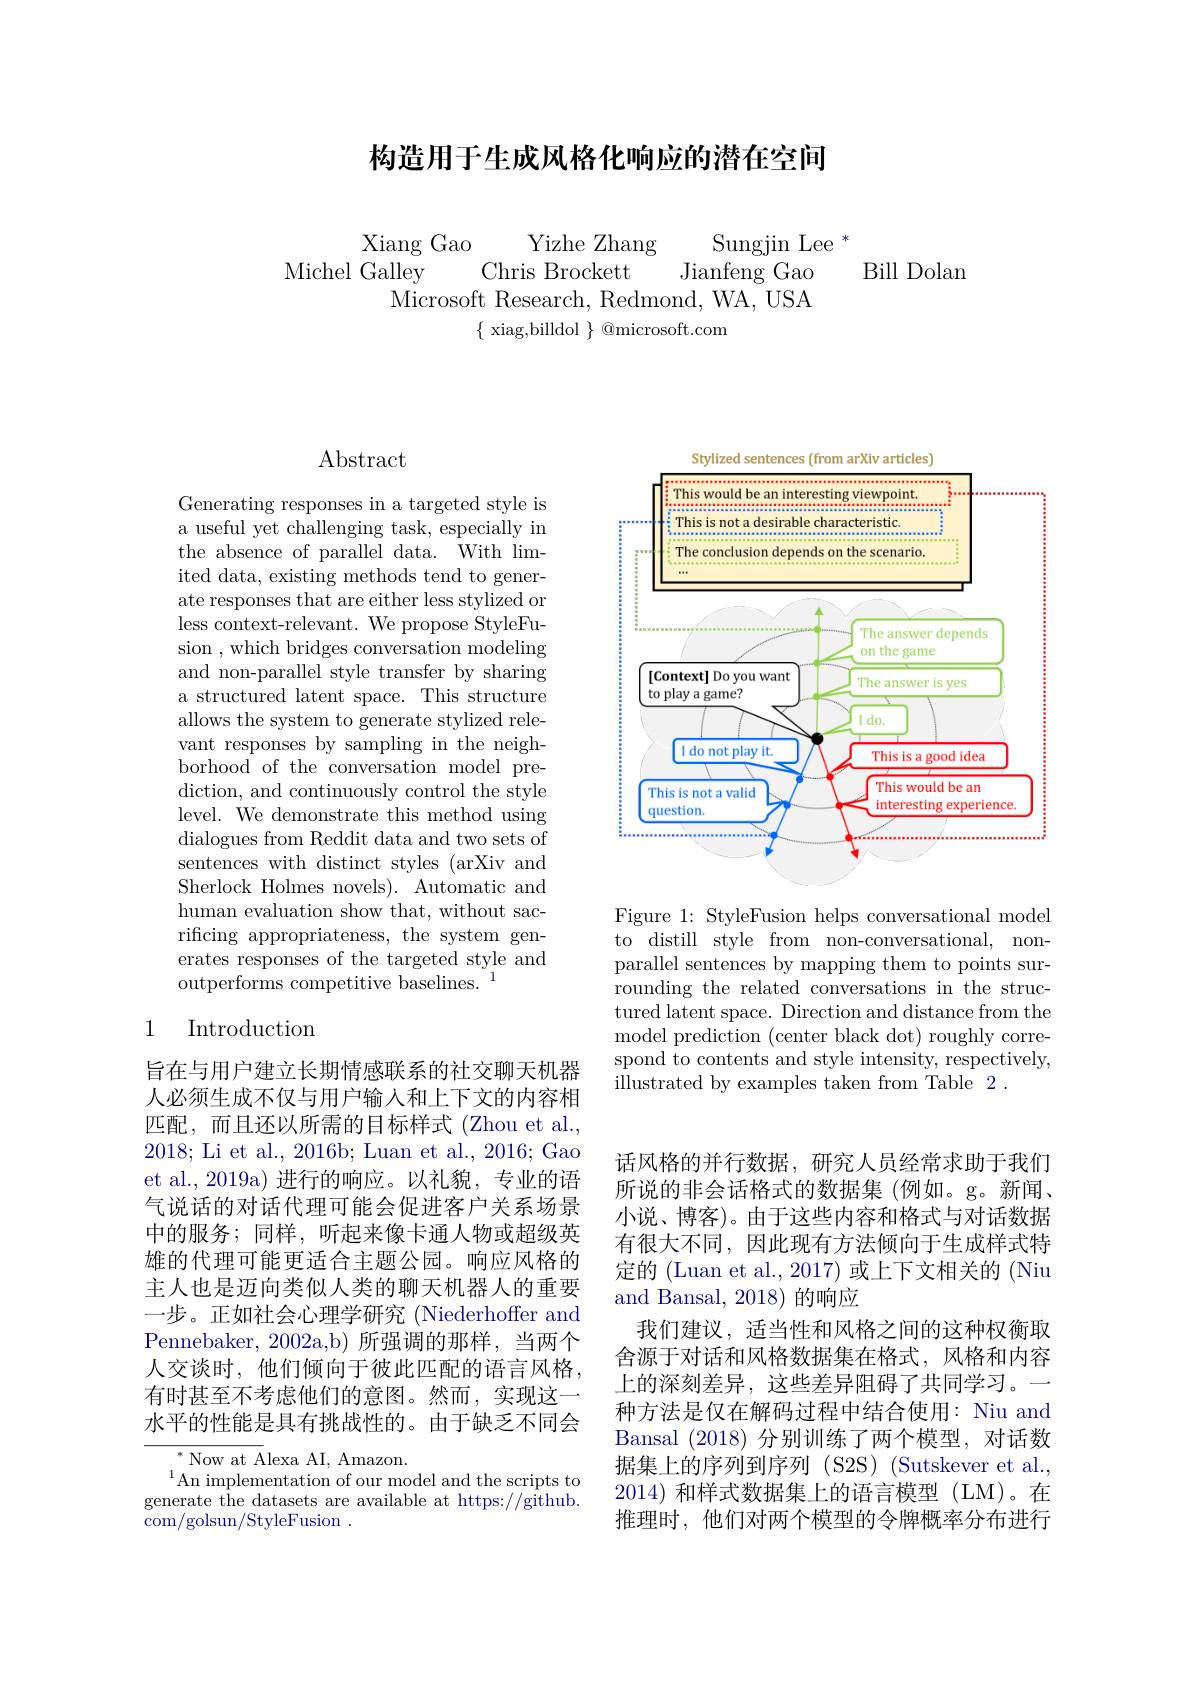
## 构造用于生成风格化响应的潜在空间

Xiang Gao
Yizhe Zhang
Sungjin Lee $^*$
Michel Galley
Chris Brockett
Jianfeng Gao
Microsoft Research, Redmond, WA, USA
$\{$ xiag,billdol $\}$ @microsoft.com

Bill Dolan

## $\operatorname{Abstract}$

Generating responses in a targeted style is a useful yet challenging task, especially in the absence of parallel data. With limited data, existing methods tend to generate responses that are either less stylized or less context-relevant. We propose StyleFusion , which bridges conversation modeling and non-parallel style transfer by sharing a structured latent space. This structure allows the system to generate stylized relevant responses by sampling in the neighborhood of the conversation model prediction, and continuously control the style level. We demonstrate this method using dialogues from Reddit data and two sets of sentences with distinct styles (arXiv and Sherlock Holmes novels). Automatic and human evaluation show that, without sacrificing appropriateness, the system generates responses of the targeted style and $\bar{\text{outperforms competitive baselines.}}^{1}$

## 1 Introduction

旨在与用户建立长期情感联系的社交聊天机器人必须生成不仅与用户输入和上下文的内容相匹配，而且还以所需的目标样式(Zhou et al., 2018; Li et al., 2016b; Luan et al., 2016; Gao et al., 2019a) 进行的响应。以礼貌，专业的语气说话的对话代理可能会促进客户关系场景中的服务；同样，听起来像卡通人物或超级英雄的代理可能更适合主题公园。响应风格的主人也是迈向类似人类的聊天机器人的重要一步。正如社会心理学研究 (Niederhoffer and Pennebaker, 2002a,b) 所强调的那样，当两个人交谈时，他们倾向于彼此匹配的语言风格， 有时甚至不考虑他们的意图。然而，实现这一水平的性能是具有挑战性的。由于缺乏不同会

${{^{*}\mathrm{~Now~at~A}}}$lexa AI, Amazon
$^{1}$An implementation of our model and the scripts to generate the datasets are available at https://github. com/golsun/StyleFusion .

sentences (from arXiv
<FigureHere>

Figure 1: StyleFusion helps conversational model to distill style from non-conversational, nonparallel sentences by mapping them to points surrounding the related conversations in the structured latent space. Direction and distance from the model prediction (center black dot) roughly correspond to contents and style intensity, respectively, illustrated by examples taken from Table 2 .

话风格的并行数据，研究人员经常求助于我们所说的非会话格式的数据集 (例如。g。新闻、 小说、博客)。由于这些内容和格式与对话数据有很大不同，因此现有方法倾向于生成样式特定的 (Luan et al., 2017) 或上下文相关的 (Niu and Bansal, 2018) 的响应
我们建议，适当性和风格之间的这种权衡取舍源于对话和风格数据集在格式，风格和内容上的深刻差异，这些差异阻碍了共同学习。一种方法是仅在解码过程中结合使用：Niu and Bansal (2018)分别训练了两个模型，对话数据集上的序列到序列 (S2S) (Sutskever et al., 2014)和样式数据集上的语言模型(LM)。在推理时，他们对两个模型的令牌概率分布进行